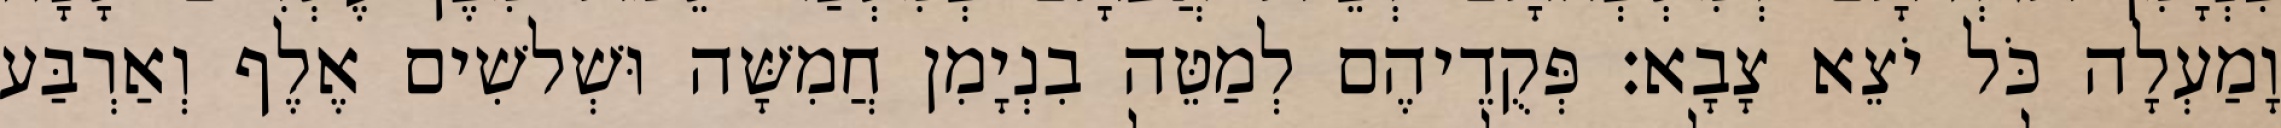
וָמַעְלָה כֹּל יֹצֵא צָבָא׃ פְּקֻדֵיהֶם לְמַטֵּה בִנְיָמִן חֲמִשָּׁה וּשְׁלשִׁים אֶלֶף וְאַרְבַּע